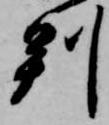
判